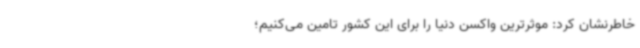
خاطرنشان کرد: موثرترین واکسن دنیا را برای این کشور تامین می‌کنیم؛